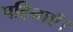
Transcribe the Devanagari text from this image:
पहिनाएँ।